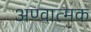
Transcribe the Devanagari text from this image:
अण्वात्मक